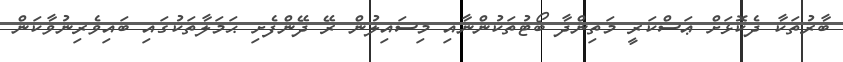
ބާރުތަކާ ދެކޮޅަށް ޢަސްކަރީ މަތިންދާ ބޯޓުތަކުންނާއި މިސައިލުން ރޭ ދޭންފެށި ޙަމަލާތަކުގައި ބައިވެރިނުވާކަން